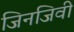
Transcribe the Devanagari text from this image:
जिनजिवी